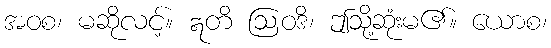
အဝစ၊ မဆိုလင့်။ ဣတိ ဩဝဒိ၊ ဤသို့ဆုံးမ၏။ ယောစ၊